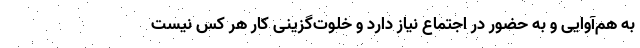
به هم‌آوایی و به حضور در اجتماع نیاز دارد و خلوت‌گزینی کار هر کس نیست